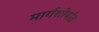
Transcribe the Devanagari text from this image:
मार्गशीर्षात